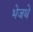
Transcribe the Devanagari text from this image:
भेजथे